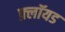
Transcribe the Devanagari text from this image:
फ़्लॉयड